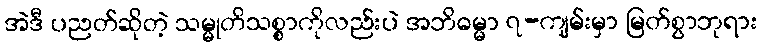
အဲဒီ ပညတ်ဆိုတဲ့ သမ္မုတိသစ္စာကိုလည်းပဲ အဘိဓမ္မာ ၇-ကျမ်းမှာ မြတ်စွာဘုရား